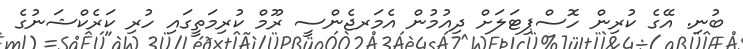
ބުނި. އޭގެ ކުރިން ހޮސްޕިޓަލަށް ދިއުމުން އެމަރޖެންސީ ރޫމް ކުރިމަތީގައި ހުރި ކަރެކްޝަނުގެ